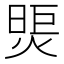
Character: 煚